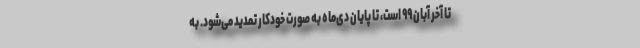
تا آخر آبان ۹۹ است، تا پایان دی‌ماه به صورت خودکار تمدید می‌شود. به